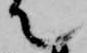
て